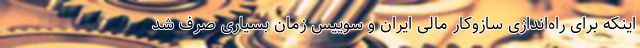
اینکه برای راه‌اندازی سازوکار مالی ایران و سوییس زمان بسیاری صرف شد